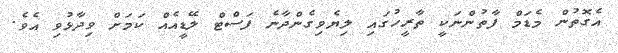
އެގޮތުން މެޑަމް ފާތުންނަކީ ތާރީހުގައި ލިޔެވިގެންދާނެ ފަސްޓް ލޭޑީއެއް ކަމަށް ވިދާޅުވި އެވެ.